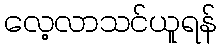
လေ့လာသင်ယူရန်